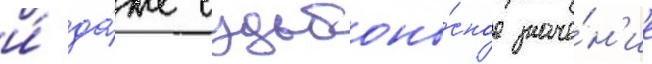
и́ да́же судьбоно́сное значе́н'ие